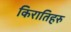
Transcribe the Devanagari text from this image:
किरातिहरु